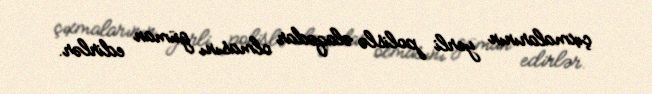
çıxmalarının yerli polislə əlaqədar olmasını güman edirlər.